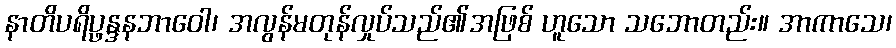
နာတိပရိပ္ဖန္ဒနဘာဝေါ၊ အလွန်မတုန်လှုပ်သည်၏အဖြစ် ဟူသော သဘောတည်း။ အာကာသေ၊